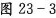
图23-3